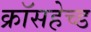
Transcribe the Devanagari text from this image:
क्रॉसहेच्ड